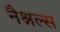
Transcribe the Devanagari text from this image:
नैश्नल्स